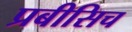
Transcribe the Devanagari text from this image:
प्रबीसिच